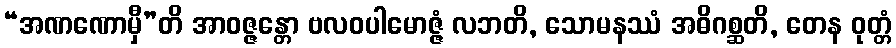
“အဏဏောမှီ”တိ အာဝဇ္ဇန္တော ဗလဝပါမောဇ္ဇံ လဘတိ, သောမနဿံ အဓိဂစ္ဆတိ, တေန ဝုတ္တံ